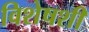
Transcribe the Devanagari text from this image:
विशेषशी